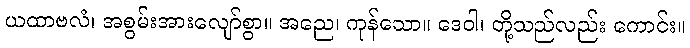
ယထာဗလံ၊ အစွမ်းအားလျော်စွာ။ အညေ၊ ကုန်သော။ ဒေဝါ၊ တို့သည်လည်း ကောင်း။